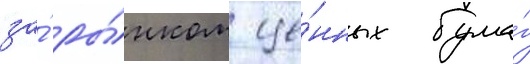
за́ ры́нком це́нных бума́г